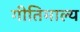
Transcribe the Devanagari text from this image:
गीतिमाल्य